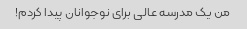
من یک مدرسه عالی برای نوجوانان پیدا کردم!